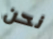
نحن